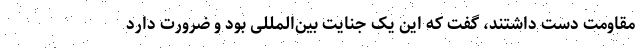
مقاومت دست داشتند، گفت که این یک جنایت بین‌المللی بود و ضرورت دارد